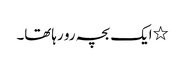
٭ایک بچہ رو رہاتھا۔